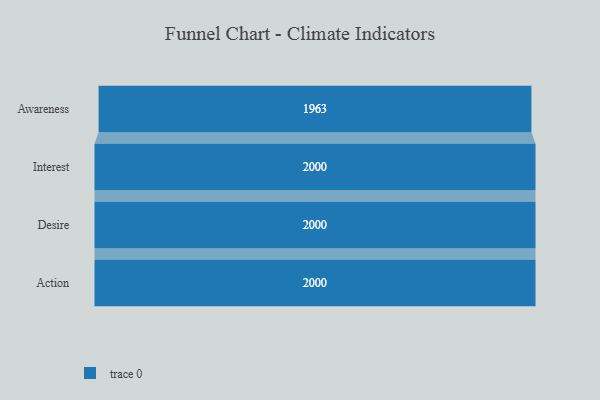
{"axis": {"x": "Stage", "y": "Value"}, "legend": [""], "data": [{"x": "Awareness", "y": 1963.0, "type": ""}, {"x": "Interest", "y": 2000, "type": ""}, {"x": "Desire", "y": 2000, "type": ""}, {"x": "Action", "y": 2000, "type": ""}]}